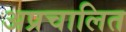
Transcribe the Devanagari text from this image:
अप्रचालित